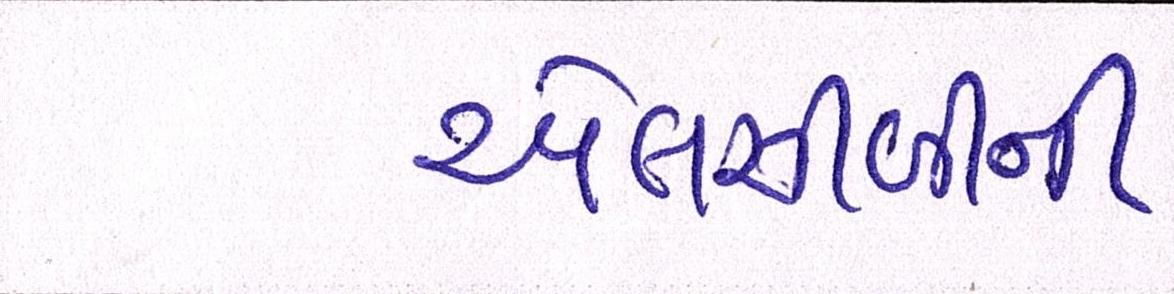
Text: એલસીબીની